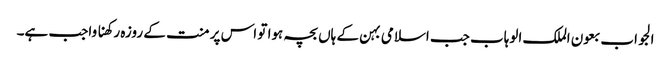
الجواب بعون الملک الوہاب جب اسلامی بہن کے ہاں بچہ ہوا تو اس پر منت کے روزہ رکھنا واجب ہے۔